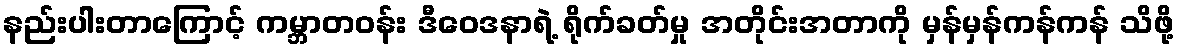
နည်းပါးတာကြောင့် ကမ္ဘာတဝန်း ဒီဝေဒနာရဲ့ ရိုက်ခတ်မှု အတိုင်းအတာကို မှန်မှန်ကန်ကန် သိဖို့